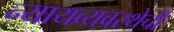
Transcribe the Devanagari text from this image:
न्यायव्यवस्थेची